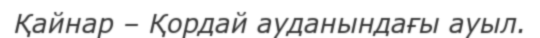
Қайнар – Қордай ауданындағы ауыл.